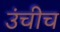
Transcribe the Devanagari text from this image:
उंचीच